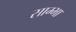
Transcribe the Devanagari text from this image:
साम्भा